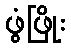
ဖွံဖြိုး